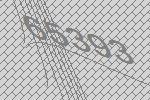
65393